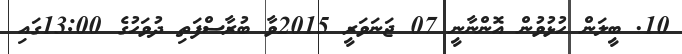
10. ބީލަން ހުޅުވުން އޮންނާނީ 07 ޖަނަވަރީ 2015ވާ ބުރާސްފަތި ދުވަހުގެ 13:00ގައި